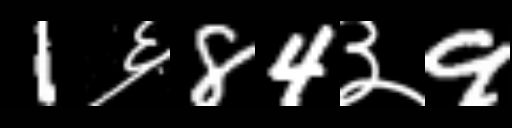
Text: 1६84३9